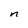
Character: n